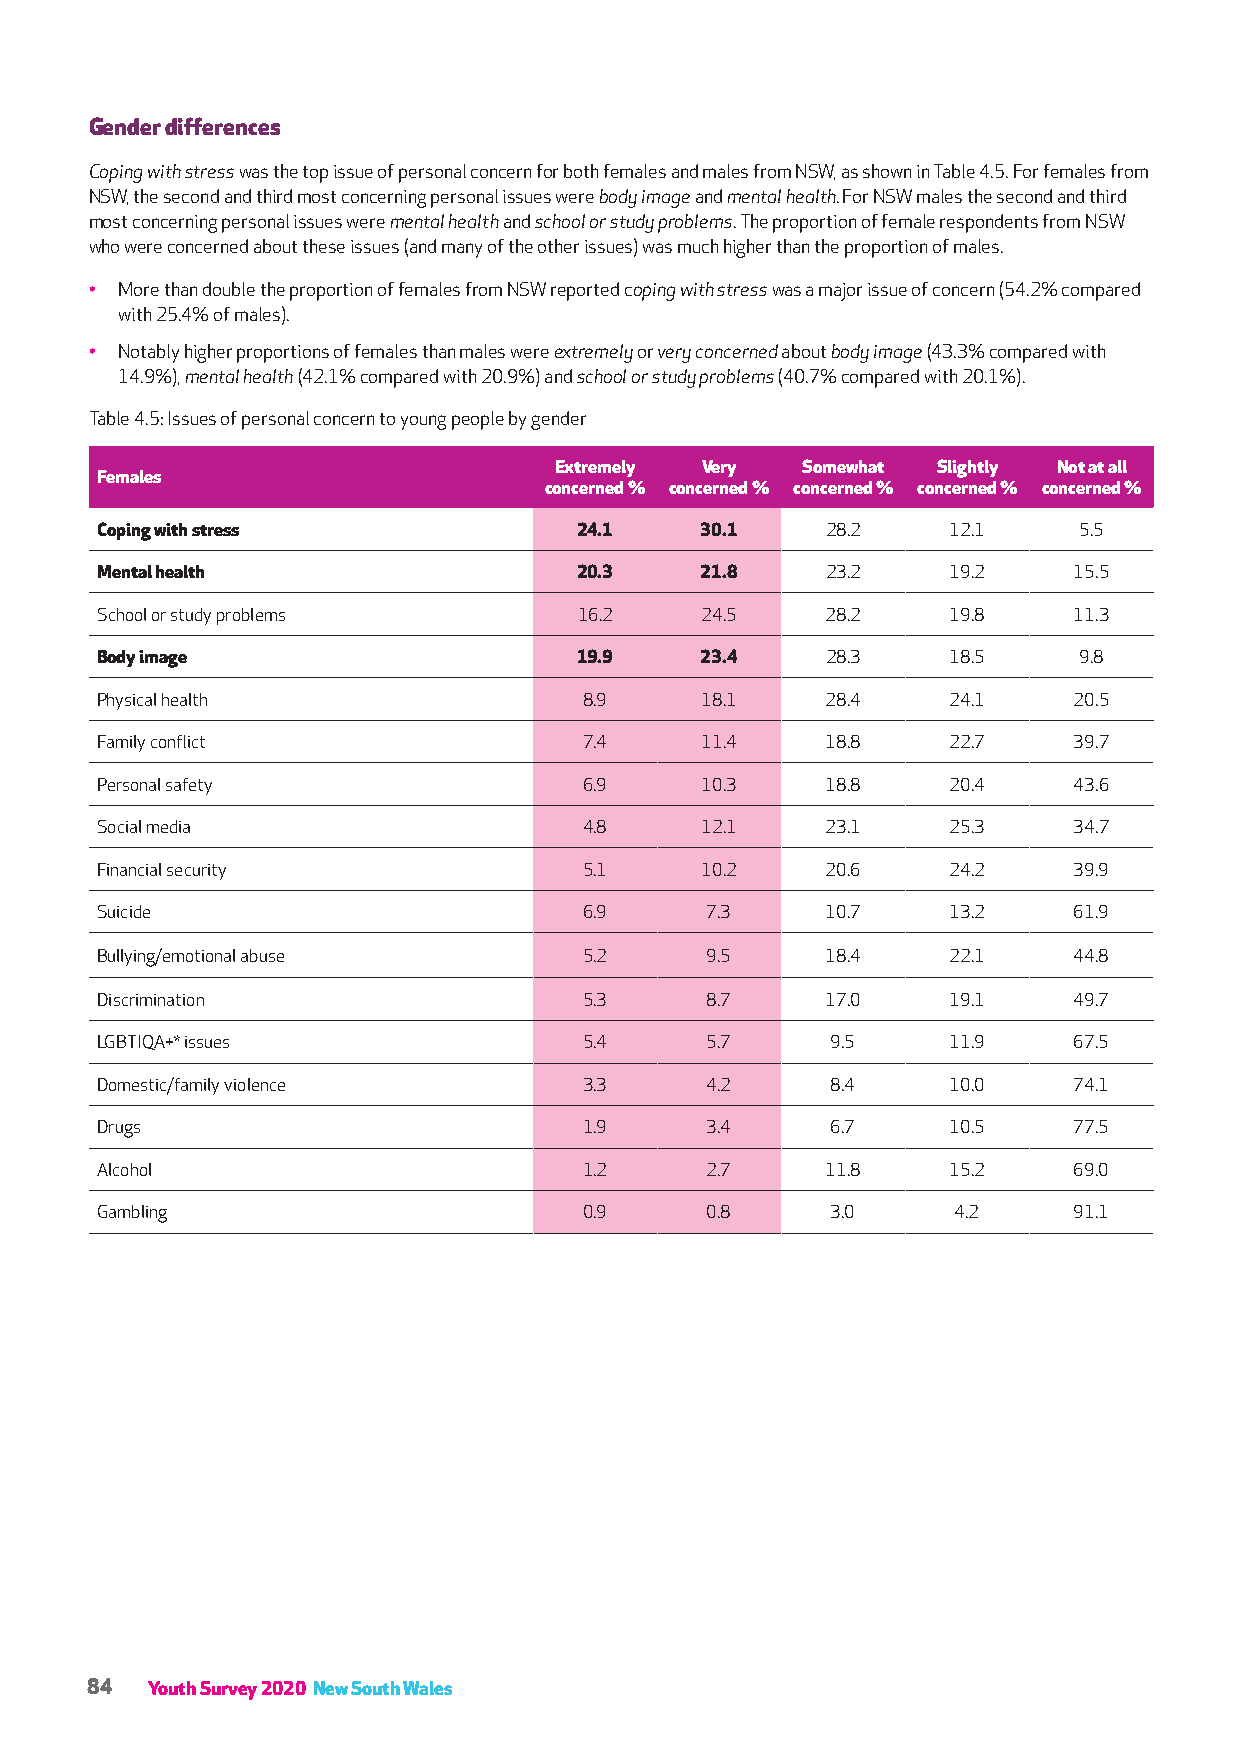
Gender differences
 Coping with stress was the top issue of personal concern for both females and males from NSW, as shown in Table 4.5. For females from
 NSW, the second and third most concerning personal issues were body image and mental health. For NSW males the second and third
 most concerning personal issues were mental health and school or study problems. The proportion of female respondents from NSW
 who were concerned about these issues (and many of the other issues) was much higher than the proportion of males.
 • More than double the proportion of females from NSW reported coping with stress was a major issue of concern (54.2% compared
 with 25.4% of males).
 • Notably higher proportions of females than males were extremely or very concerned about body image (43.3% compared with
 14.9%), mental health (42.1% compared with 20.9%) and school or study problems (40.7% compared with 20.1%).
 Table 4.5: Issues of personal concern to young people by gender
 Extremely Very  Somewhat Slightly Not at all
 Females
 concerned % concerned % concerned % concerned % concerned %
 Coping with stress              24.1    30.1     28.2    12.1    5.5
 Mental health                   20.3    21.8     23.2    19.2    15.5
 School or study problems        16.2    24.5     28.2    19.8    11.3
 Body image                      19.9    23.4     28.3    18.5    9.8
 Physical health                  8.9    18.1     28.4    24.1    20.5
 Family conflict                  7.4    11.4     18.8    22.7    39.7
 Personal safety                  6.9    10.3     18.8    20.4    43.6
 Social media                     4.8    12.1     23.1    25.3    34.7
 Financial security               5.1    10.2     20.6    24.2    39.9
 Suicide                          6.9     7.3     10.7    13.2    61.9
 Bullying/emotional abuse         5.2     9.5     18.4    22.1    44.8
 Discrimination                   5.3     8.7     17.0    19.1    49.7
 LGBTIQA+* issues                 5.4     5.7     9.5     11.9    67.5
 Domestic/family violence         3.3     4.2     8.4     10.0    74.1
 Drugs                            1.9     3.4     6.7     10.5    77.5
 Alcohol                          1.2     2.7     11.8    15.2    69.0
 Gambling                         0.9     0.8     3.0     4.2     91.1
 84  Youth Survey 2020 New South Wales